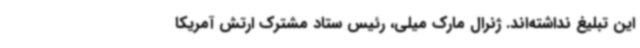
این تبلیغ نداشته‌اند. ژنرال مارک میلی، رئیس ستاد مشترک ارتش آمریکا